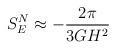
LaTeX: \begin{align*}S_E^N\approx-{2\pi\over 3 GH^2}\end{align*}